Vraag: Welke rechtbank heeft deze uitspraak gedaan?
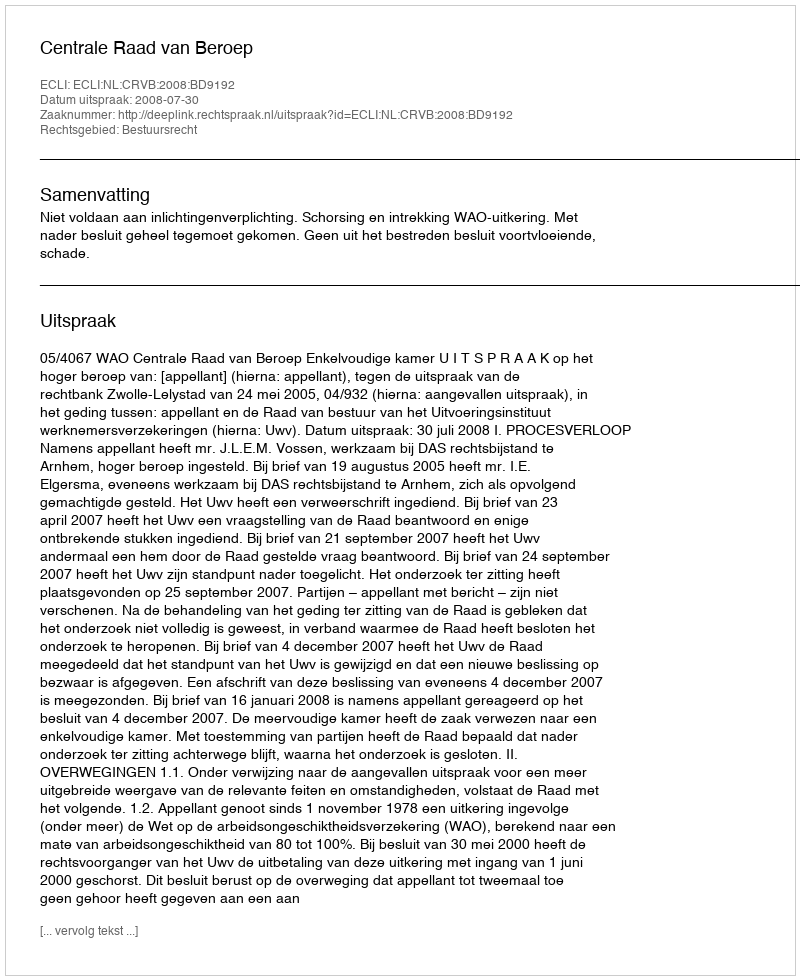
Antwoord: Centrale Raad van Beroep